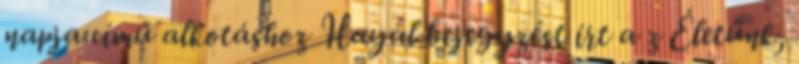
napja című alkotáshoz Hayal bejegyzést írt a z Életünk,